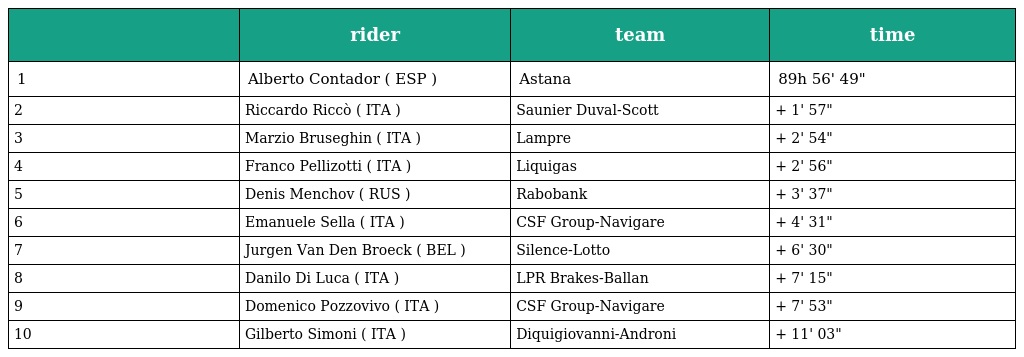
|  | rider | team | time |
 | --- | --- | --- | --- |
 | 1 | Alberto Contador ( ESP ) | Astana | 89h 56' 49" |
 | 2 | Riccardo Riccò ( ITA ) | Saunier Duval-Scott | + 1' 57" |
 | 3 | Marzio Bruseghin ( ITA ) | Lampre | + 2' 54" |
 | 4 | Franco Pellizotti ( ITA ) | Liquigas | + 2' 56" |
 | 5 | Denis Menchov ( RUS ) | Rabobank | + 3' 37" |
 | 6 | Emanuele Sella ( ITA ) | CSF Group-Navigare | + 4' 31" |
 | 7 | Jurgen Van Den Broeck ( BEL ) | Silence-Lotto | + 6' 30" |
 | 8 | Danilo Di Luca ( ITA ) | LPR Brakes-Ballan | + 7' 15" |
 | 9 | Domenico Pozzovivo ( ITA ) | CSF Group-Navigare | + 7' 53" |
 | 10 | Gilberto Simoni ( ITA ) | Diquigiovanni-Androni | + 11' 03" |